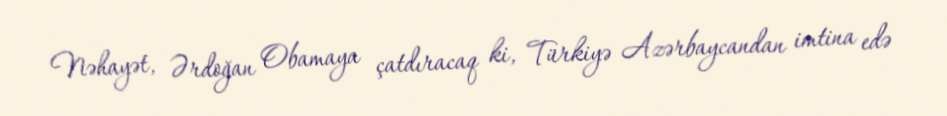
Nəhayət, Ərdoğan Obamaya çatdıracaq ki, Türkiyə Azərbaycandan imtina edə